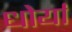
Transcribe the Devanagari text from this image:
धोर्यां